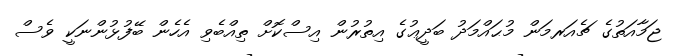
ޖަމާއަތުގެ ޗެއަރމަން މުޙައްމަދު ބަދީޢުގެ އިތުރުން އިސްކޮށް ތިއްބެވި އެހެން ބޭފުޅުންނަކީ ވެސް